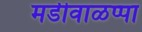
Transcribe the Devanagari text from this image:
मडीवाळप्पा